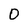
Character: 0